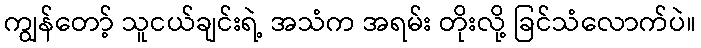
ကျွန်တော့် သူငယ်ချင်းရဲ့ အသံက အရမ်း တိုးလို့ ခြင်သံလောက်ပဲ။